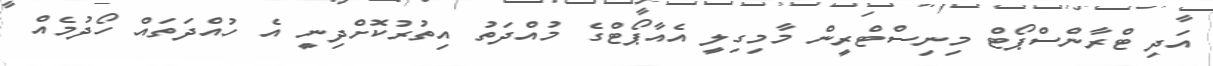
އަދި ޓްރާންސްޕޯޓް މިނިސްޓްރީން މާމިގިލީ އެއާޕޯޓްގެ މުއްދަތު އިތުރުކޮށްދިނީ އެ ހުއްދަތައް ހޯދުމެއް